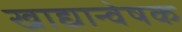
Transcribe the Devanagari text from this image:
खाद्यान्वेषक